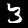
Digit: 3